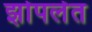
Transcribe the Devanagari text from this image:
झोपलेत